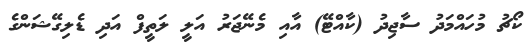
ކޯޗު މުހައްމަދު ސާޖިދު (ކާއްޓޭ) އާއި މެނޭޖަރު އަލީ ލަތީފް އަދި ޑެލިގޭޝަންގެ